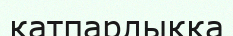
қатпарлыққа